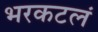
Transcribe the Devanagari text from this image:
भरकटलं